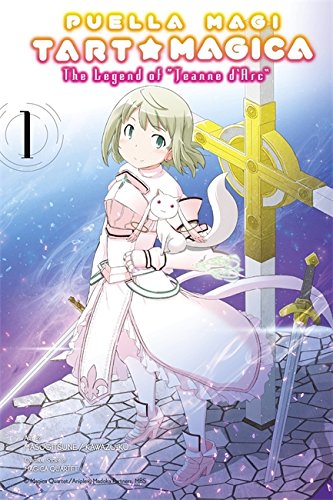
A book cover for Puella Magi Tart Magica, Vol. 1: The Legend of Jeanne d'Arc; Magica Quartet; Comics & Graphic Novels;